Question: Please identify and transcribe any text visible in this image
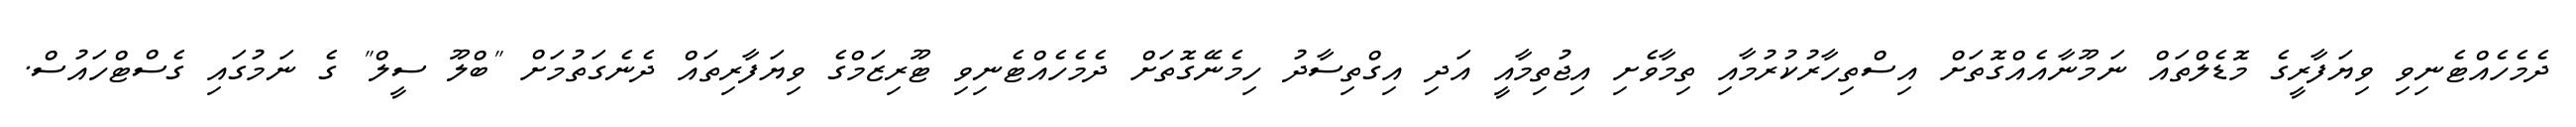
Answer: ދެމެހެއްޓެނިވި ވިޔަފާރީގެ މޮޑެލްތައް ނަމޫނާއެއްގޮތަށް އިސްތިހާރުކުރުމާއި ތިމާވެށި އިޖުތިމާއީ އަދި އިގްތިސާދު ހިމެނޭގޮތަށް ދެމެހެއްޓެނިވި ޓޫރިޒަމްގެ ވިޔަފާރިތައް ދެނެގަތުމަށް "ބްލޫ ސީލް" ގެ ނަމުގައި ގެސްޓްހައުސް.